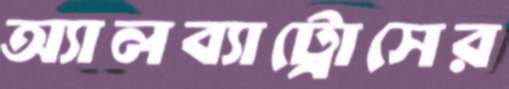
অ্যালব্যাট্রোসের